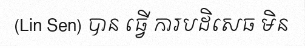
(Lin Sen) បាន ធ្វើ ការបដិសេធ មិន